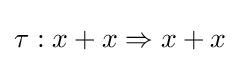
\tau :x+x\Rightarrow x+x